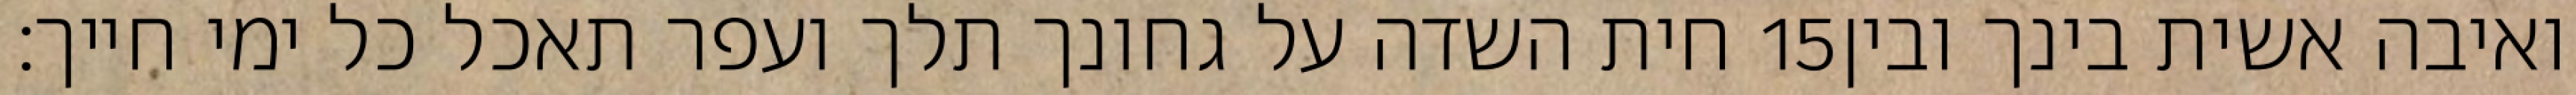
חית השדה על גחונך תלך ועפר תאכל כל ימי חייך׃ ‎15‏ ואיבה אשית בינך ובין